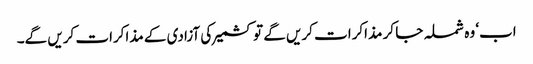
اب‘ وہ شملہ جا کر مذاکرات کریں گے تو کشمیر کی آزادی کے مذاکرات کریں گے۔